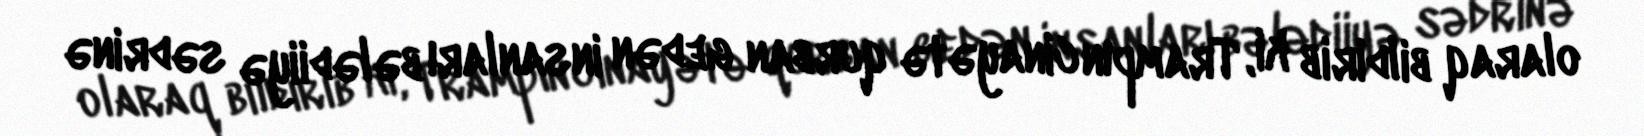
olaraq bildirib ki, Trampın cinayətə qurban gedən insanları bələdiiyə sədrinə